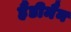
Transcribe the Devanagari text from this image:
हैंडीमैन